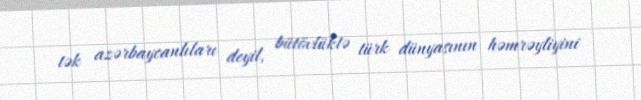
tək azərbaycanlıları deyil, bütövlüktə türk dünyasının həmrəyliyini